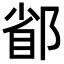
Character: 𨜜